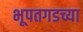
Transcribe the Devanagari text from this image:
भूपतगडच्या